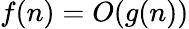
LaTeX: f(n)=O(g(n))